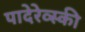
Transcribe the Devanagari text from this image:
पादेरेव्स्की